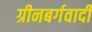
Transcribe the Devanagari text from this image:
ग्रीनबर्गवादी